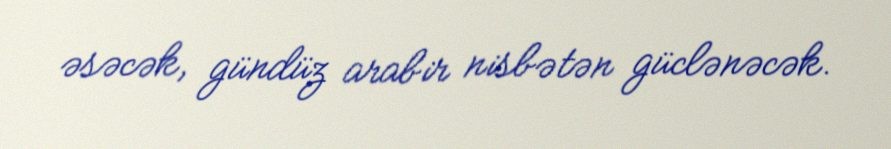
əsəcək, gündüz arabir nisbətən güclənəcək.